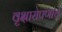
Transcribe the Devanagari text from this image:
वृक्षारोपणाचे